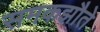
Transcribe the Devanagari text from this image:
समकझौते